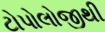
ટોપોલોજીથી